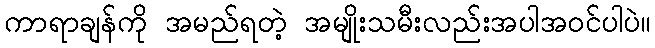
ကာရာချန်ကို အမည်ရတဲ့ အမျိုးသမီးလည်းအပါအဝင်ပါပဲ။